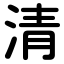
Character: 清